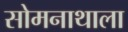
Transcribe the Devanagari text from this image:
सोमनाथाला